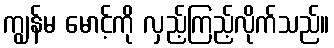
ကျွန်မ မောင့်ကို လှည့်ကြည့်လိုက်သည်။